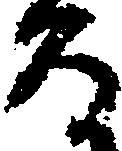
る